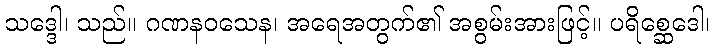
သဒ္ဒေါ၊ သည်။ ဂဏနဝသေန၊ အရေအတွက်၏ အစွမ်းအားဖြင့်။ ပရိစ္ဆေဒေါ၊